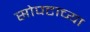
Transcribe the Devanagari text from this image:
सोपटाच्या